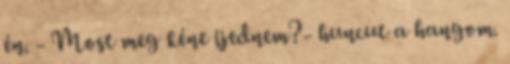
én. - Most meg kéne ijednem?- huncut a hangom.